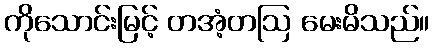
ကိုသောင်းမြင့် တအံ့တဩ မေးမိသည်။